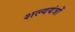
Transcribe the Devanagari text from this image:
शल्ययंत्रों